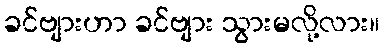
ခင်ဗျားဟာ ခင်ဗျား သွားမလို့လား။